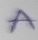
Text: A